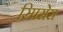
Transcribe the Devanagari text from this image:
स्पिसेस